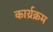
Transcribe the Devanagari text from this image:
कार्य्रक्रम